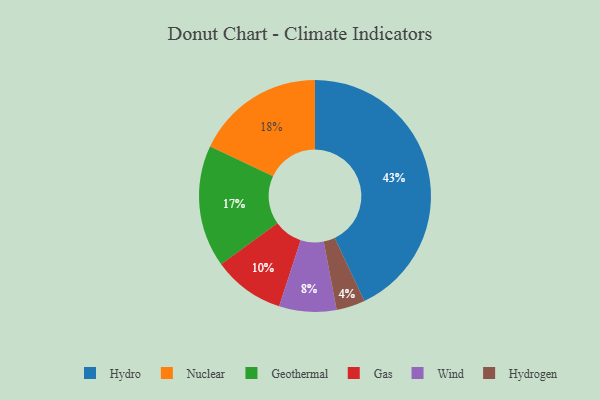
{"axis": {"x": "Category", "y": "Percentage"}, "legend": ["Gas", "Geothermal", "Hydro", "Hydrogen", "Nuclear", "Wind"], "data": [{"x": "Hydrogen", "y": 4, "type": "Hydrogen"}, {"x": "Nuclear", "y": 18, "type": "Nuclear"}, {"x": "Gas", "y": 10, "type": "Gas"}, {"x": "Wind", "y": 8, "type": "Wind"}, {"x": "Geothermal", "y": 17, "type": "Geothermal"}, {"x": "Hydro", "y": 43, "type": "Hydro"}]}